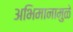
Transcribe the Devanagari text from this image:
अभिमानामुळे